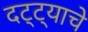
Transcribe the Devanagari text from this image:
दट्ट्याचे